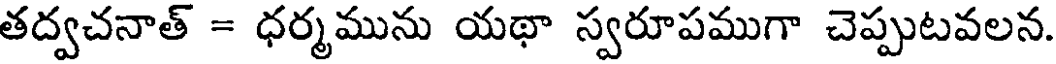
తద్వచనాత్ = ధర్మమును యథా స్వరూపముగా చెప్పుటవలన.